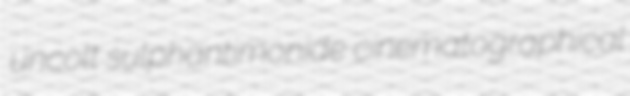
uncolt sulphantimonide cinematographical